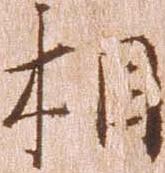
相